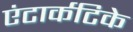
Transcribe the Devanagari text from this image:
एंटार्कटिके